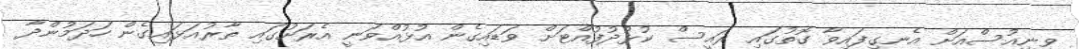
ވީނިއުސްއަށް އެނގިފައިވާ ގޮތުގައި ރައީސް ކުޅުދުފުއްޓަށް ވަޑައިގެން އުޅުއްވަނީ އެރަށުގައި ތާރުއަޅައިގެން ހަދަމުންދާ